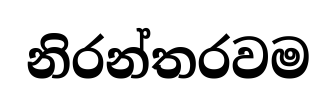
නිරන්තරවම